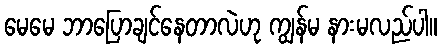
မေမေ ဘာပြောချင်နေတာလဲဟု ကျွန်မ နားမလည်ပါ။